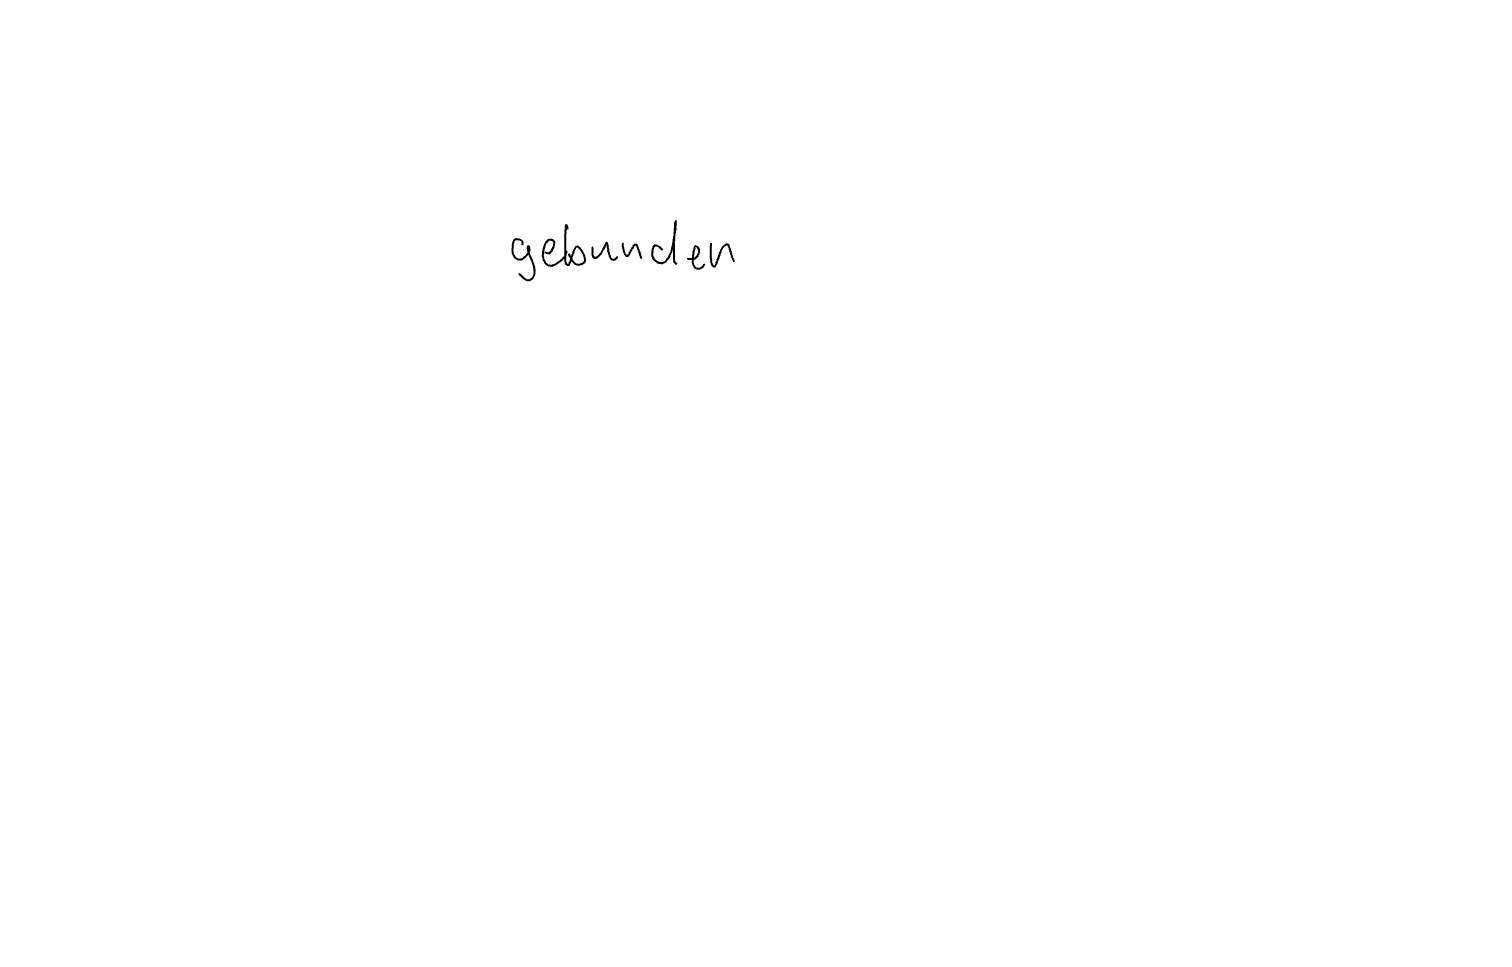
Text: gebunden